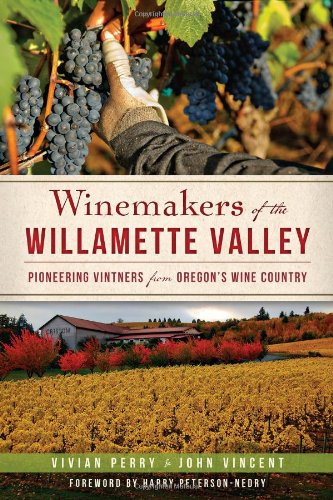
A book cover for Winemakers of the Willamette Valley:: Pioneering Vintners from Oregon's Wine Country (American Palate); Vivian Perry; Cookbooks, Food & Wine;